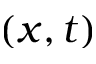
( x , t )